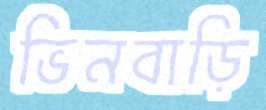
ভিনবাড়ি